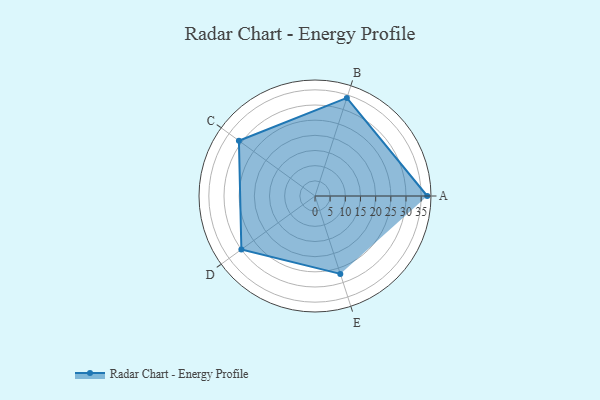
{"axis": {"x": "Skill", "y": "Score"}, "legend": ["Profile"], "data": [{"x": "A", "y": 37.0, "type": "Profile"}, {"x": "B", "y": 34.0, "type": "Profile"}, {"x": "C", "y": 31.0, "type": "Profile"}, {"x": "D", "y": 30.0, "type": "Profile"}, {"x": "E", "y": 27.0, "type": "Profile"}]}